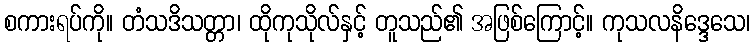
စကားရပ်ကို။ တံသဒိသတ္တာ၊ ထိုကုသိုလ်နှင့် တူသည်၏ အဖြစ်ကြောင့်။ ကုသလနိဒ္ဒေသေ၊